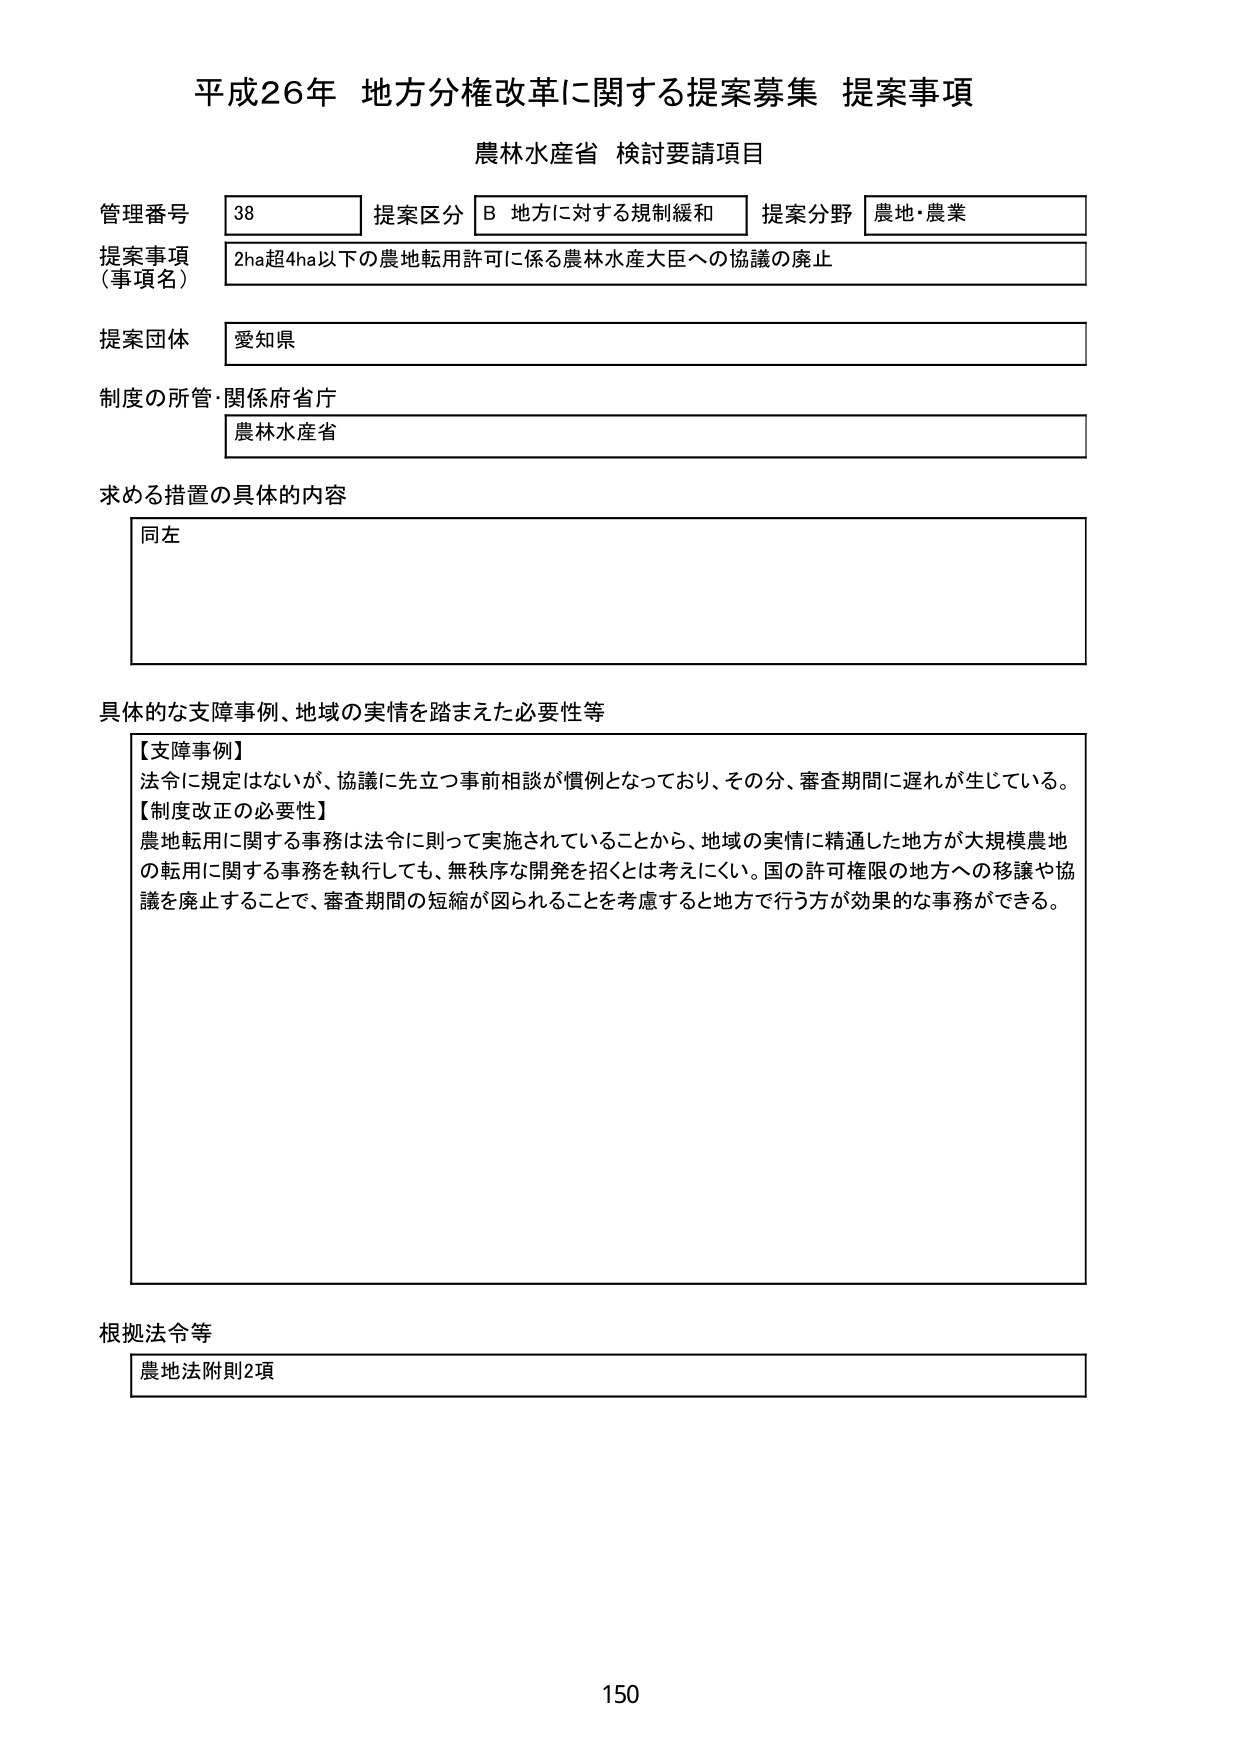
平成26年 地方分権改革に関する提案募集 提案事項
農林水産省 検討要請項目

管理番号 38 提案区分 B 地方に対する規制緩和 提案分野 農地・農業
提案事項（事項名） 2ha超4ha以下の農地転用許可に係る農林水産大臣への協議の廃止
提案団体 愛知県
制度の所管・関係府省庁 農林水産省
求める措置の具体的内容 同左

具体的な支障事例、地域の実情を踏まえた必要性等
【支障事例】
法令に規定はないが、協議に先立つ事前相談が慣例となっており、その分、審査期間に遅れが生じている。
【制度改正の必要性】
農地転用に関する事務は法令に則って実施されていることから、地域の実情に精通した地方が大規模農地の転用に関する事務を執行しても、無秩序な開発を招くとは考えにくい。国の許可権限の地方への移譲や協議を廃止することで、審査期間の短縮が図られることを考慮すると地方で行う方が効果的な事務ができる。

根拠法令等 農地法附則2項

150